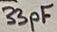
Text: 33pF